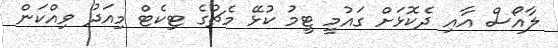
ލާއޯސް އާއި ދެކޮޅަށް ގައުމީ ޓީމު ކުޅޭ މެޗުގެ ޓިކެޓް މިއަދު ވިއްކަން